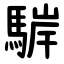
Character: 䮗